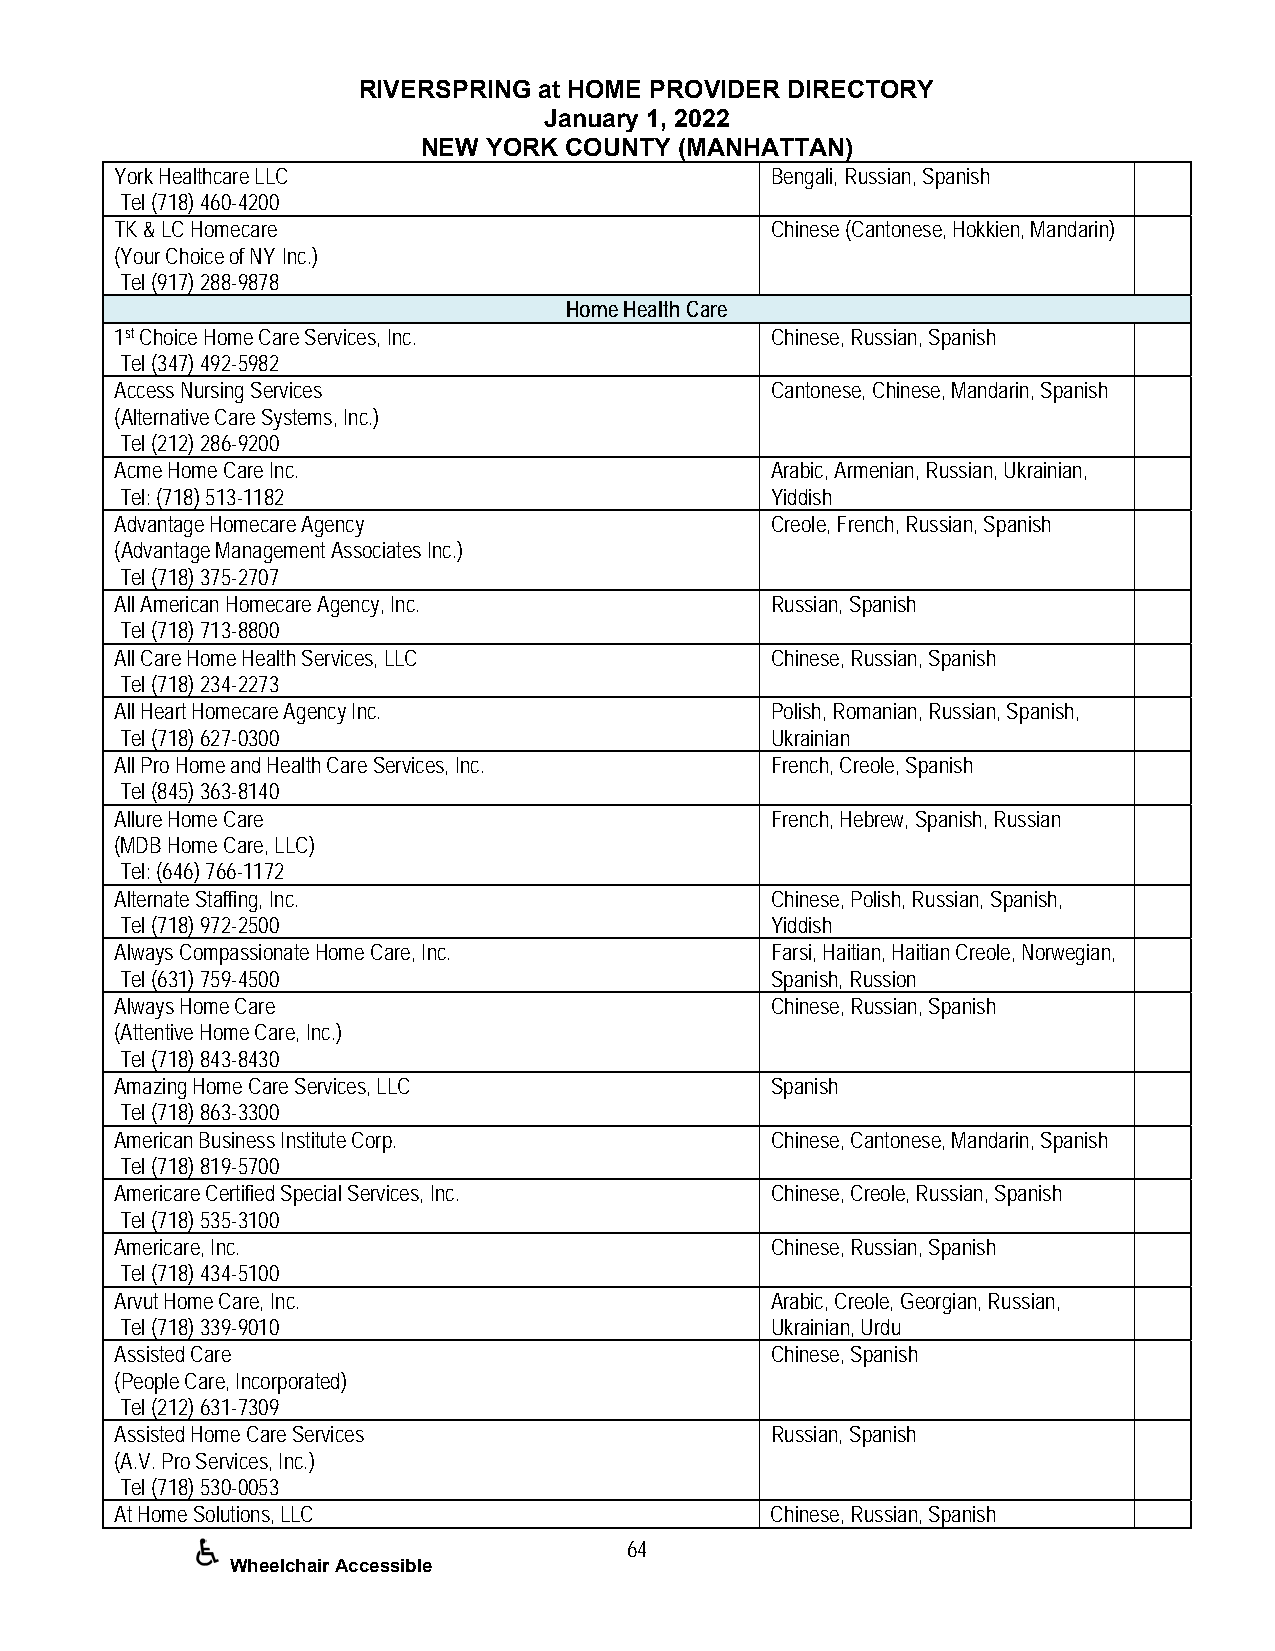
RIVERSPRING at HOME PROVIDER DIRECTORY
 January 1, 2022
 NEW YORK COUNTY  (MANHATTAN)
 York Healthcare LLC                        Bengali, Russian, Spanish
 Tel (718) 460-4200
 TK & LC Homecare                           Chinese (Cantonese, Hokkien, Mandarin)
 (Your Choice of NY Inc.)
 Tel (917) 288-9878
 Home Health Care
 1st Choice Home Care Services, Inc.        Chinese, Russian, Spanish
 Tel (347) 492-5982
 Access Nursing Services                    Cantonese, Chinese, Mandarin, Spanish
 (Alternative Care Systems, Inc.)
 Tel (212) 286-9200
 Acme Home Care Inc.                        Arabic, Armenian, Russian, Ukrainian,
 Tel: (718) 513-1182                        Yiddish
 Advantage Homecare Agency                  Creole, French, Russian, Spanish
 (Advantage Management Associates Inc.)
 Tel (718) 375-2707
 All American Homecare Agency, Inc.         Russian, Spanish
 Tel (718) 713-8800
 All Care Home Health Services, LLC         Chinese, Russian, Spanish
 Tel (718) 234-2273
 All Heart Homecare Agency Inc.             Polish, Romanian, Russian, Spanish,
 Tel (718) 627-0300                         Ukrainian
 All Pro Home and Health Care Services, Inc. French, Creole, Spanish
 Tel (845) 363-8140
 Allure Home Care                           French, Hebrew, Spanish, Russian
 (MDB Home Care, LLC)
 Tel: (646) 766-1172
 Alternate Staffing, Inc.                   Chinese, Polish, Russian, Spanish,
 Tel (718) 972-2500                         Yiddish
 Always Compassionate Home Care, Inc.       Farsi, Haitian, Haitian Creole, Norwegian,
 Tel (631) 759-4500                         Spanish, Russion
 Always Home Care                           Chinese, Russian, Spanish
 (Attentive Home Care, Inc.)
 Tel (718) 843-8430
 Amazing Home Care Services, LLC            Spanish
 Tel (718) 863-3300
 American Business Institute Corp.          Chinese, Cantonese, Mandarin, Spanish
 Tel (718) 819-5700
 Americare Certified Special Services, Inc. Chinese, Creole, Russian, Spanish
 Tel (718) 535-3100
 Americare, Inc.                            Chinese, Russian, Spanish
 Tel (718) 434-5100
 Arvut Home Care, Inc.                      Arabic, Creole, Georgian, Russian,
 Tel (718) 339-9010                         Ukrainian, Urdu
 Assisted Care                              Chinese, Spanish
 (People Care, Incorporated)
 Tel (212) 631-7309
 Assisted Home Care Services                Russian, Spanish
 (A.V. Pro Services, Inc.)
 Tel (718) 530-0053
 At Home Solutions, LLC                     Chinese, Russian, Spanish
 64
 Wheelchair Accessible